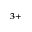
^ { 3 + }